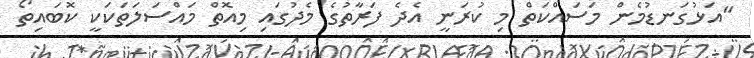
"އަޅުގަނޑުމެން މަސައްކަތް މި ކުރަނީ އެދެ ފަރާތުގެ މެދުގައި މިއޮތް މައްސަލަތަކަކީ ކޮބައިތޯ